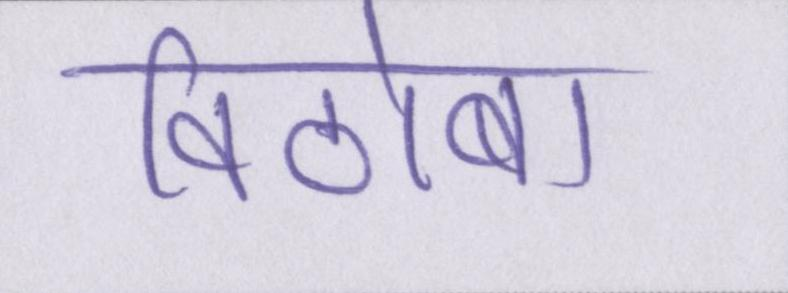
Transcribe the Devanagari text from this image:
विठोबा